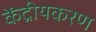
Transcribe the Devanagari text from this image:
केंद्रीयकरण